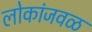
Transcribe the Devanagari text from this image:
लोकांजवळ